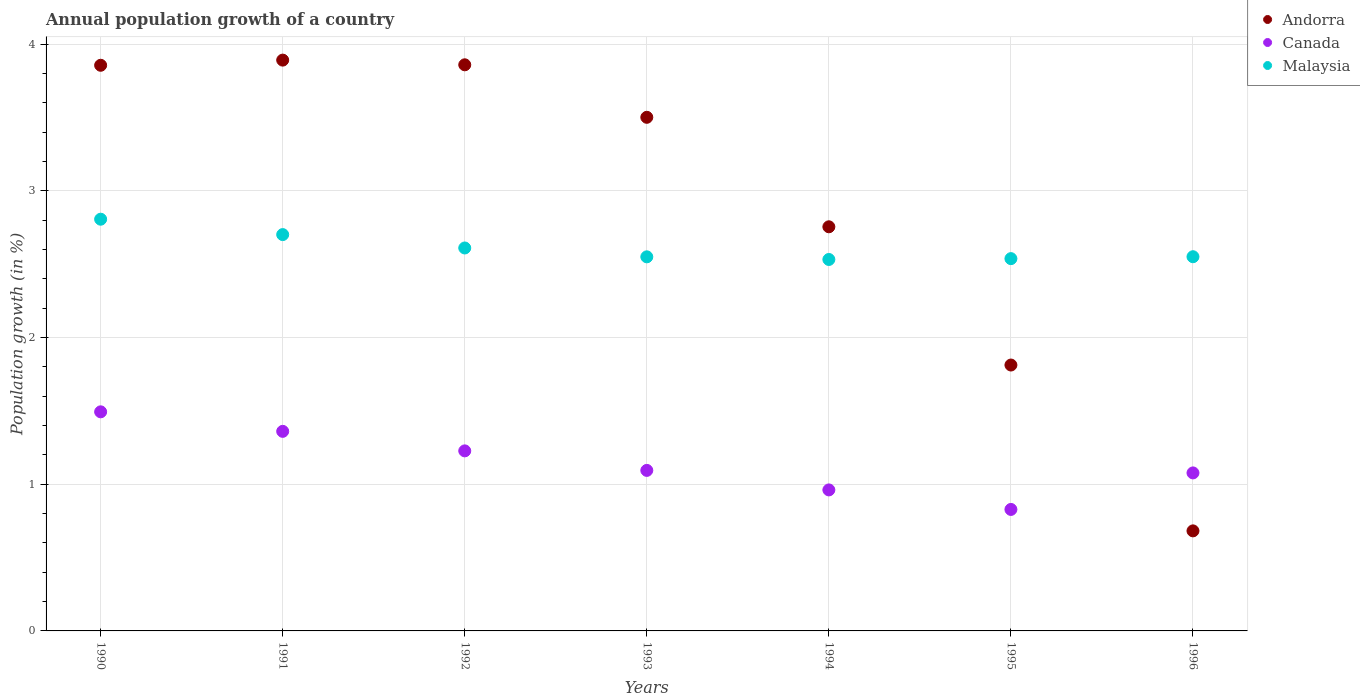
| Years | Andorra | Canada | Malaysia |
 | --- | --- | --- | --- |
 | 1990 | 3.86 | 1.49 | 2.81 |
 | 1991 | 3.89 | 1.36 | 2.7 |
 | 1992 | 3.86 | 1.23 | 2.61 |
 | 1993 | 3.5 | 1.09 | 2.55 |
 | 1994 | 2.76 | 0.961 | 2.53 |
 | 1995 | 1.81 | 0.828 | 2.54 |
 | 1996 | 0.682 | 1.08 | 2.55 |